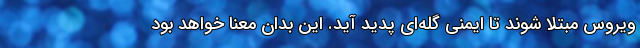
ویروس مبتلا شوند تا ایمنی گله‌ای پدید آید. این بدان معنا خواهد بود